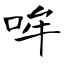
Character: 哞